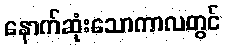
နောက်ဆုံးသောကာလတွင်